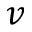
v